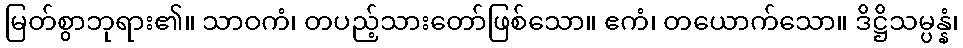
မြတ်စွာဘုရား၏။ သာဝကံ၊ တပည့်သားတော်ဖြစ်သော။ ဧကံ၊ တယောက်သော။ ဒိဋ္ဌိသမ္ပန္နံ၊